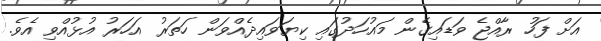
އަށް ފަހު ރާއްޖެ ވަޑައިގެން މައުހަދުގައި ކިޔަވައިދެއްވަން ހަތަރު އަހަރު އުޅުއްވި އެވެ.